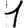
Digit: 1